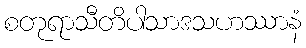
စတုရာသီတိပါသာဒသဟဿာနံ